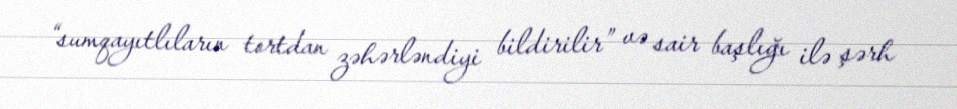
“sumqayıtlıların tortdan zəhərləndiyi bildirilir” və sair başlığı ilə şərh